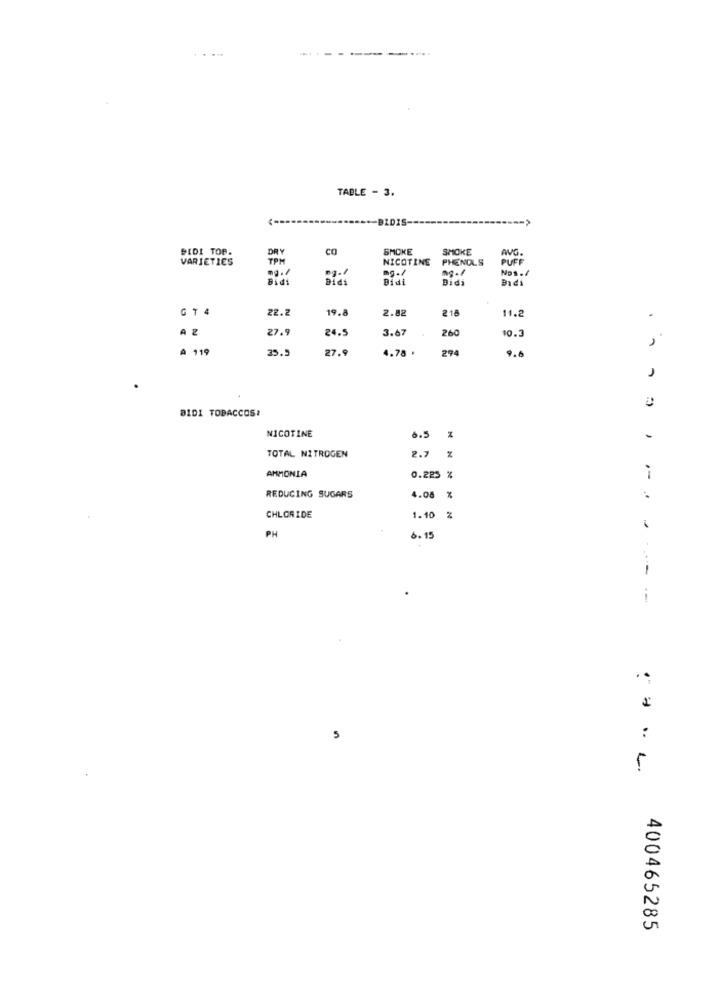
TABLE - 3.
-BZDIS-
DIDI TOP.
DRY
CO
SMOKE
SMOKE
VARJETIES
TPM
NICOTINE
PHENOLS
PUFF
mg.1
Nos ./
ng./
Didi
GT 4
22.2
19.8
2.82
218
11.2
AZ
27.9
24.
3.67
260
10.3
A 119
35.5
27.9
4.78 .
294
9.0
..
BID1 TOBACCOSI
NICOTINE
6.5
TOTAL NITROGEN
2.7 %
AMMONIA
0.225 %
i
REDUCING SUGARS
4.08 %
CHLORIDE
1.10 %
PH
6.15
.....
5
:
400465285